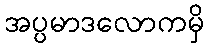
အပ္ပမာဒလောကမှိ